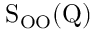
\mathrm { S _ { O O } ( Q ) }